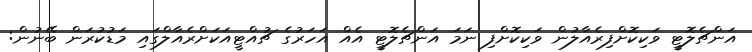
އަންޗެލޮޓީ ވަކިކޮށްފިރެއާލުން ވަކިކޮށްފި ނަމަ އަންޗެލޮޓީ އެއް އަހަރުގެ ޗުއްޓީއަކަށްރެއާލްގައި މަޑުކުރަން ބޭނުން: